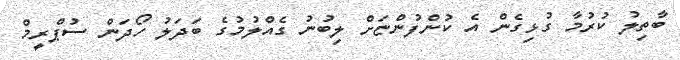
ބާތިލު ކުރުމާ ގުޅިގެން އެ ކުންފުންޏަށް ލިބުނު ގެއްލުމުގެ ބަދަލު ހޯދަން ސުޕްރީމް